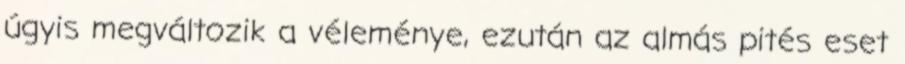
úgyis megváltozik a véleménye, ezután az almás pités eset